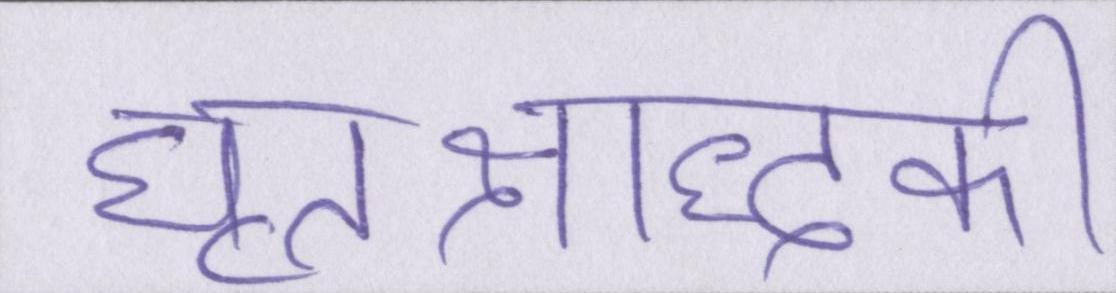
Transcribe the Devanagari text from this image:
घृतश्राद्धकी